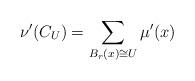
LaTeX: \begin{align*}\nu'(C_U)=\sum_{B_r(x)\cong U}\mu'(x)\end{align*}